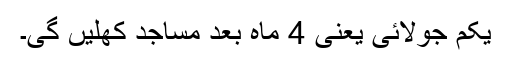
یکم جولائی یعنی 4 ماہ بعد مساجد کھلیں گی۔